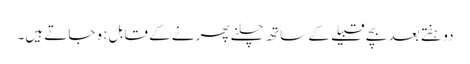
دو ہفتے بعد بچے قبیلے کے ساتھ چلنے پھرنے کے قابل ہو جاتے ہیں۔